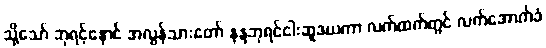
သို့သော် ဘုရင့်နောင် အလွန်သားတော် နန္ဒဘုရင်ငါးဆူဒယကာ လက်ထက်တွင် လက်အောက်ခံ